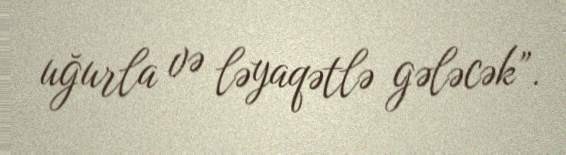
uğurla və ləyaqətlə gələcək”.